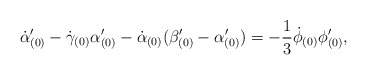
\begin{align*}\dot{\alpha}_{(0)}^{\prime}-\dot{\gamma}_{(0)}\alpha_{(0)}^{\prime}-\dot{\alpha}_{(0)}(\beta_{(0)}^{\prime}-\alpha_{(0)}^{\prime})=-\frac{1}{3}\dot{\phi}_{(0)}\phi_{(0)}^{\prime},\end{align*}